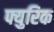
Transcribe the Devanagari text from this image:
फ्युरिक